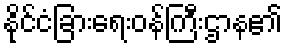
နိုင်ငံခြားရေးဝန်ကြီးဌာန၏